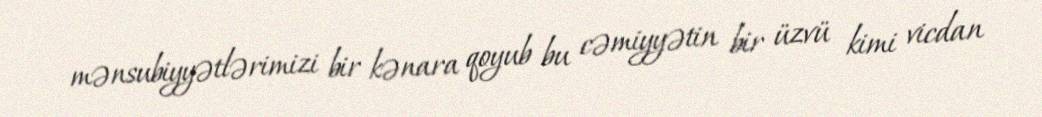
mənsubiyyətlərimizi bir kənara qoyub bu cəmiyyətin bir üzvü kimi vicdan